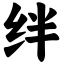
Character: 绊